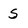
Character: S